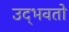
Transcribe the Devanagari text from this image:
उद्‌भवतो